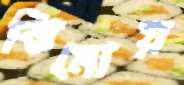
ঝিমোয়